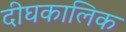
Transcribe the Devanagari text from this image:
दीघकालिक